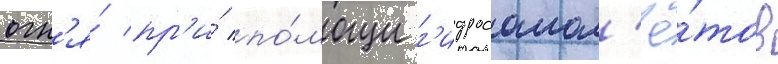
огн'я́ пр'и́ по́мощи г'идросамол'ё́тов